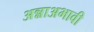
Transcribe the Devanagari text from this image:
अन्नाअभावी